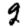
Digit: 2